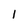
Character: l